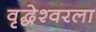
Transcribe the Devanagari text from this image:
वृद्धेश्‍वरला